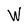
Character: W